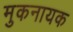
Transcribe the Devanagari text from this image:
मुकनायक